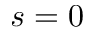
s = 0